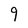
Character: 9